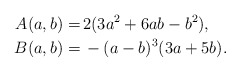
\begin{align*}A(a,b)=& \, 2 (3 a^2 + 6 a b - b^2), \\B(a,b)=& \, -(a - b)^3 (3 a + 5 b).\end{align*}